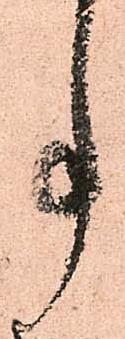
事